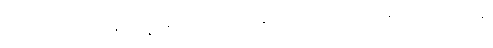
လာလတ္တံ့သောအခါ၌။ ဒွိန္နံ၊ နှစ်ဦးကုန်သော။ တေသံပိ၊ ထိုရသေ့တို့၏လည်း။ စက္ခူနံ၊